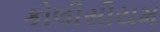
કોલીસીયમ